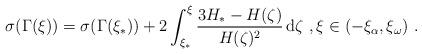
LaTeX: \begin{align*}\sigma(\Gamma(\xi)) = \sigma(\Gamma(\xi_*)) + 2 \int_{\xi_*}^\xi \frac{3H_*-H(\zeta)}{H(\zeta)^2}\, \mathrm{d}\zeta\ , \xi\in (-\xi_\alpha,\xi_\omega)\ . \end{align*}